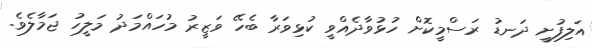
އަލިފުށީ ދަނޑު ރަސްމީކޮށް ހުޅުވާދެއްވީ ކުޅިވަރާ ބެހޭ ވަޒީރު މުހައްމަދު މަލީހު ޖަމާލެވެ.